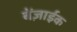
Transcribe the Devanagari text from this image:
बेंज़ाईक